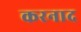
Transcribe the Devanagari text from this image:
करनाद